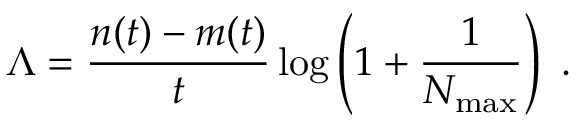
\Lambda = \frac { n ( t ) - m ( t ) } { t } \log \left( 1 + \frac { 1 } { N _ { \operatorname* { m a x } } } \right) \ .